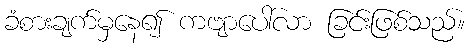
ခံစားချက်မှနေ၍ ကဗျာပေါ်လာ ခြင်းဖြစ်သည်။